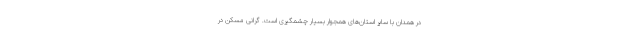
در همدان با سایر استان‌های همجوار بسیار چشمگیری است. گرانی مسکن در